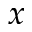
x